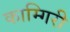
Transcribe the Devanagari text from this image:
काम्गिरी